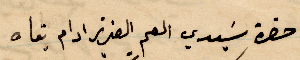
حضرة سيدي العم العزيز ادام بقاه